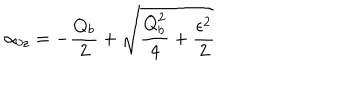
\alpha _ { 0 z } = - \frac { Q _ { b } } { 2 } + \sqrt { \frac { Q _ { b } ^ { 2 } } { 4 } + \frac { \epsilon ^ { 2 } } { 2 } }